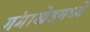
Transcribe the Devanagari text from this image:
गंगाखेडमध्ये